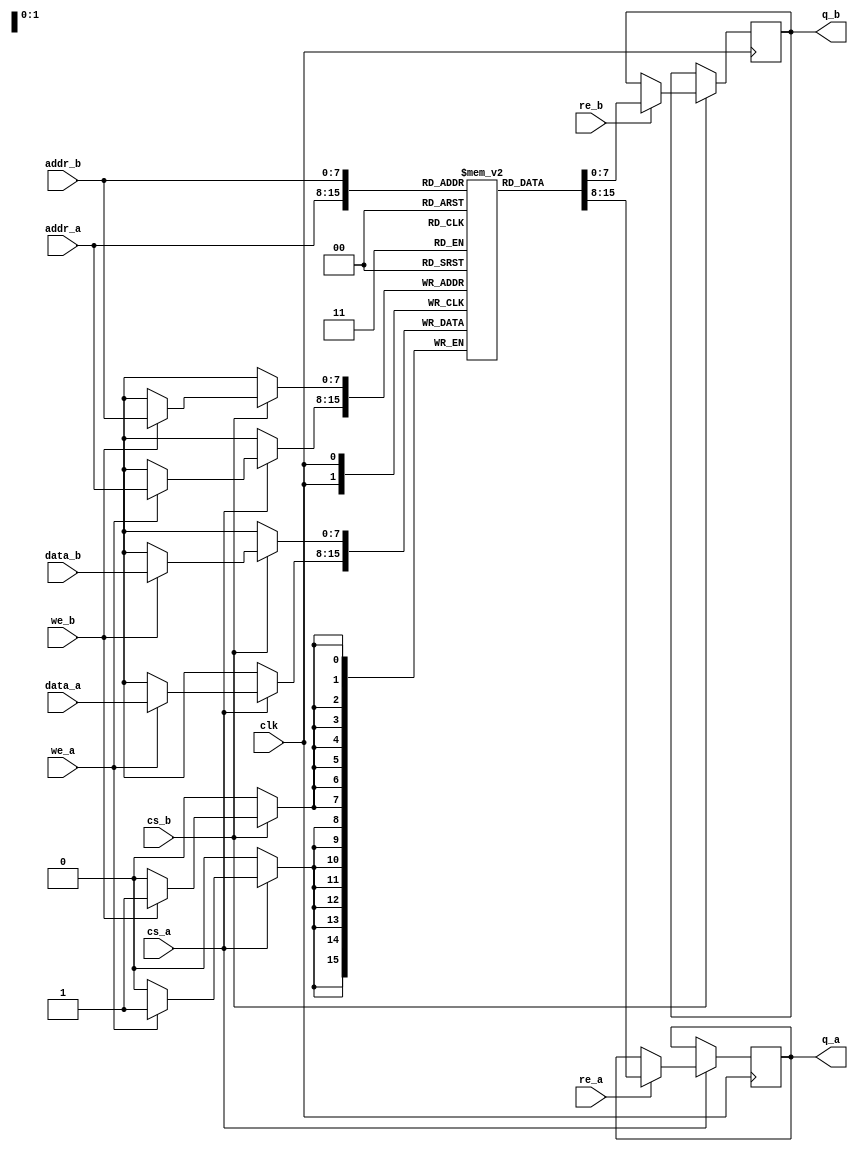
module DualPortRAM #(
    parameter DEPTH = 256,   // Configure memory depth (number of addresses)
    parameter WIDTH = 8      // Configure memory width (number of bits per address)
)(
    input wire clk,          // Clock signal
    input wire cs_a,        // Chip select for Port A
    input wire we_a,        // Write enable for Port A
    input wire re_a,        // Read enable for Port A
    input wire [WIDTH-1:0] data_a, // Data input for Port A
    input wire [$clog2(DEPTH)-1:0] addr_a, // Address input for Port A
    output reg [WIDTH-1:0] q_a,       // Data output for Port A
    
    input wire cs_b,        // Chip select for Port B
    input wire we_b,        // Write enable for Port B
    input wire re_b,        // Read enable for Port B
    input wire [WIDTH-1:0] data_b, // Data input for Port B
    input wire [$clog2(DEPTH)-1:0] addr_b, // Address input for Port B
    output reg [WIDTH-1:0] q_b        // Data output for Port B
);

    // Memory array
    reg [WIDTH-1:0] ram [0:DEPTH-1];

    // Port A operation
    always @(posedge clk) begin
        if (cs_a) begin
            if (we_a) begin
                ram[addr_a] <= data_a; // Write operation
            end
            if (re_a) begin
                q_a <= ram[addr_a]; // Read operation
            end
        end
    end

    // Port B operation
    always @(posedge clk) begin
        if (cs_b) begin
            if (we_b) begin
                ram[addr_b] <= data_b; // Write operation
            end
            if (re_b) begin
                q_b <= ram[addr_b]; // Read operation
            end
        end
    end

endmodule